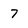
Character: 7